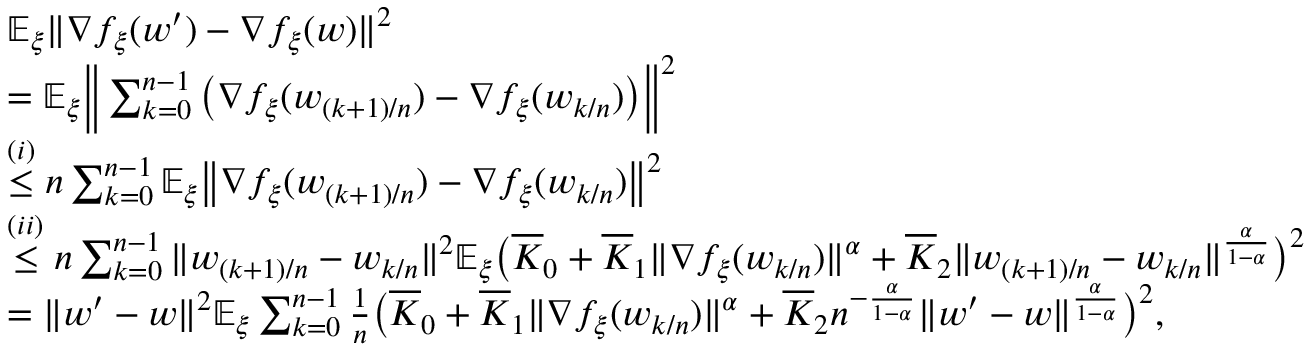
\begin{array} { r l } & { \mathbb { E } _ { \xi } \| \nabla f _ { \xi } ( w ^ { \prime } ) - \nabla f _ { \xi } ( w ) \| ^ { 2 } } \\ & { = \mathbb { E } _ { \xi } \Big \| \sum _ { k = 0 } ^ { n - 1 } \big ( \nabla f _ { \xi } ( w _ { ( k + 1 ) / n } ) - \nabla f _ { \xi } ( w _ { k / n } ) \big ) \Big \| ^ { 2 } } \\ & { \overset { ( i ) } { \le } n \sum _ { k = 0 } ^ { n - 1 } \mathbb { E } _ { \xi } \big \| \nabla f _ { \xi } ( w _ { ( k + 1 ) / n } ) - \nabla f _ { \xi } ( w _ { k / n } ) \big \| ^ { 2 } } \\ & { \overset { ( i i ) } { \le } n \sum _ { k = 0 } ^ { n - 1 } \| w _ { ( k + 1 ) / n } - w _ { k / n } \| ^ { 2 } \mathbb { E } _ { \xi } \big ( \overline { { K } } _ { 0 } + \overline { { K } } _ { 1 } \| \nabla f _ { \xi } ( w _ { k / n } ) \| ^ { \alpha } + \overline { { K } } _ { 2 } \| w _ { ( k + 1 ) / n } - w _ { k / n } \| ^ { \frac { \alpha } { 1 - \alpha } } \big ) ^ { 2 } } \\ & { = \| w ^ { \prime } - w \| ^ { 2 } \mathbb { E } _ { \xi } \sum _ { k = 0 } ^ { n - 1 } \frac { 1 } { n } \big ( \overline { { K } } _ { 0 } + \overline { { K } } _ { 1 } \| \nabla f _ { \xi } ( w _ { k / n } ) \| ^ { \alpha } + \overline { { K } } _ { 2 } n ^ { - \frac { \alpha } { 1 - \alpha } } \| w ^ { \prime } - w \| ^ { \frac { \alpha } { 1 - \alpha } } \big ) ^ { 2 } , } \end{array}